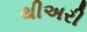
થીઅરી